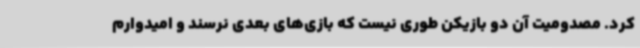
کرد. مصدومیت آن دو بازیکن طوری نیست که بازی‌های بعدی نرسند و امیدوارم